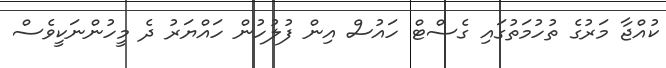
ކުއްޖާ މަރުގެ ތުހުމަތުގައި ގެސްޓް ހައުސް އިން ފުލުހުން ހައްޔަރު ދެ މީހުންނަކީވެސް